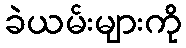
ခဲယမ်းများကို